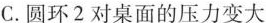
C.圆环2对桌面的压力变大